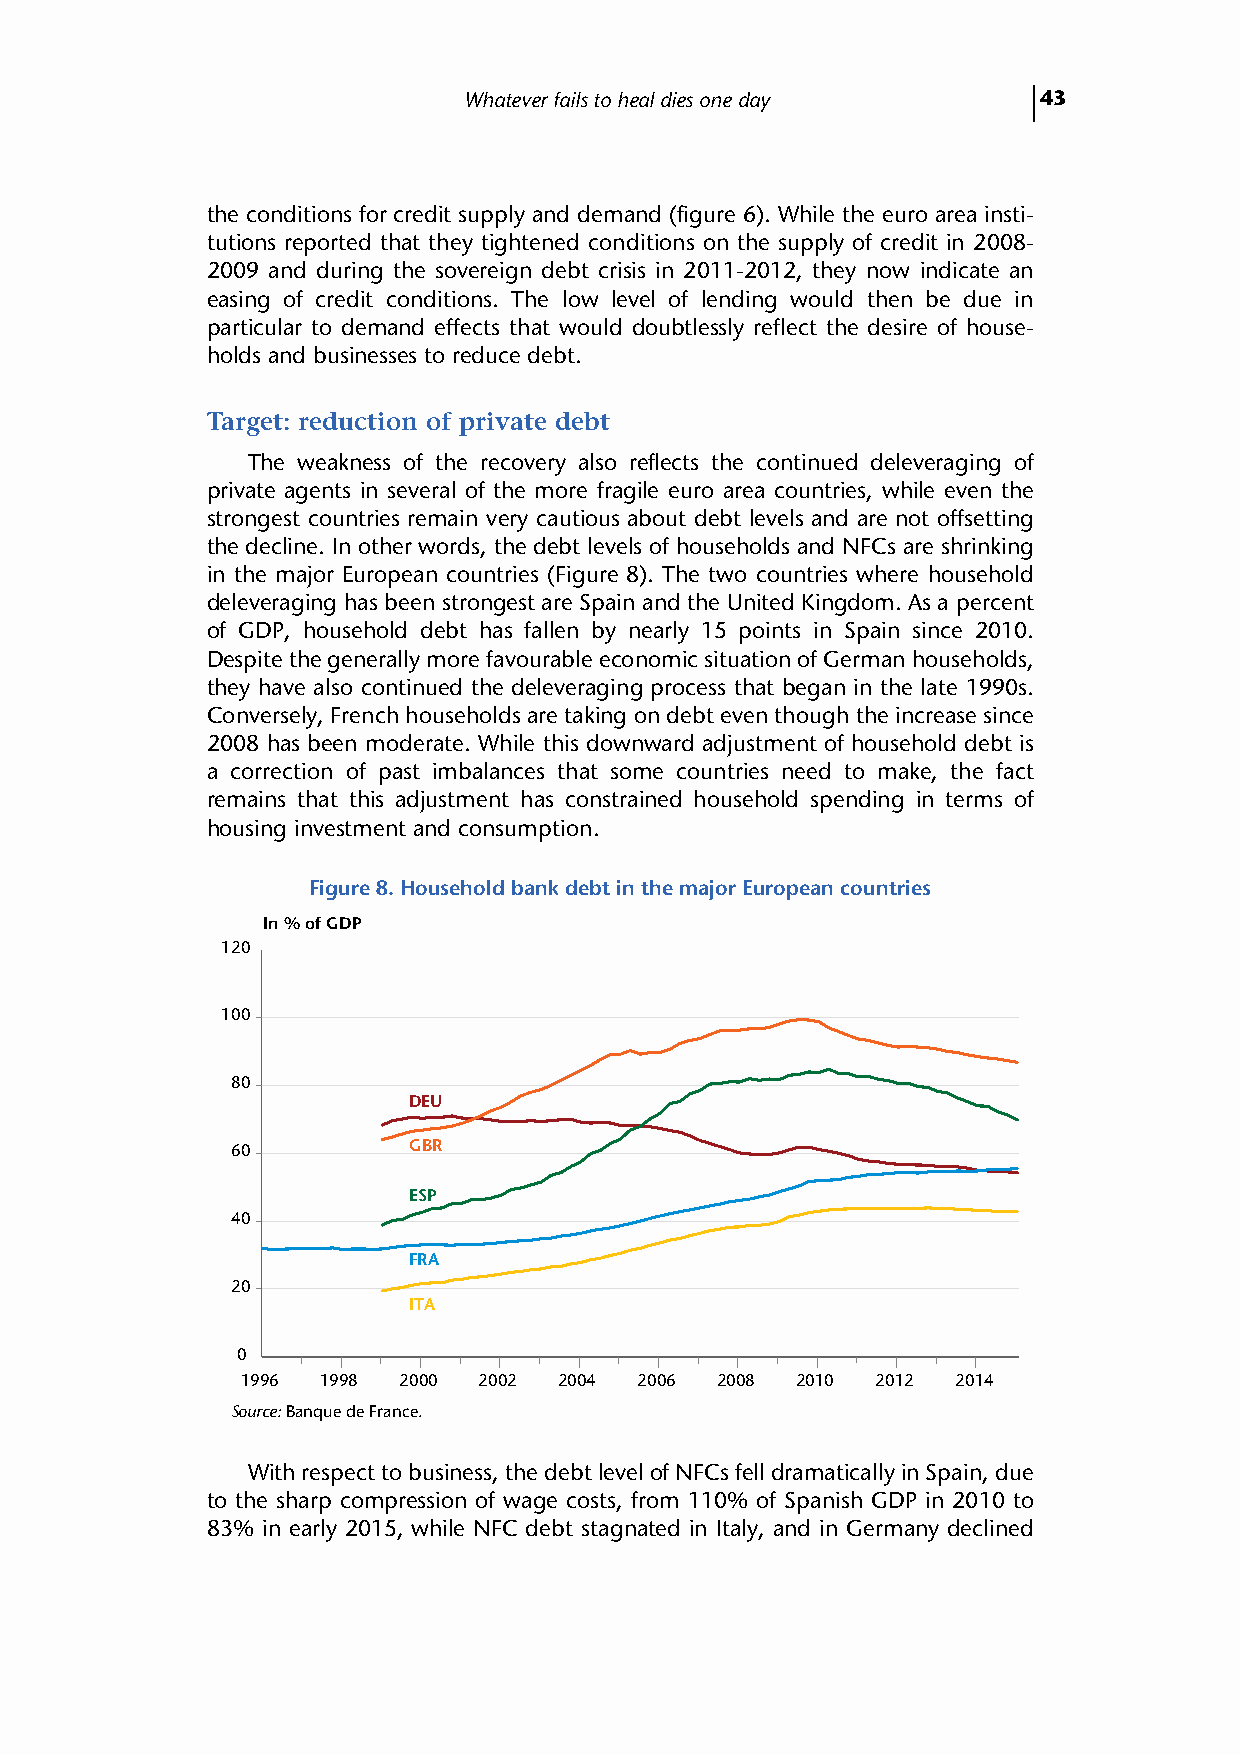
Whatever fails to heal dies one day   43
 the conditions for credit supply and demand (figure 6). While the euro area insti-
 tutions reported that they tightened conditions on the supply of credit in 2008-
 2009 and during the sovereign debt crisis in 2011-2012, they now indicate an
 easing of credit conditions. The low level of lending would then be due in
 particular to demand effects that would doubtlessly reflect the desire of house-
 holds and businesses to reduce debt.
 Target: reduction of private debt
 The weakness of the recovery also reflects the continued deleveraging of
 private agents in several of the more fragile euro area countries, while even the
 strongest countries remain very cautious about debt levels and are not offsetting
 the decline. In other words, the debt levels of households and NFCs are shrinking
 in the major European countries (Figure 8). The two countries where household
 deleveraging has been strongest are Spain and the United Kingdom. As a percent
 of GDP, household debt has fallen by nearly 15 points in Spain since 2010.
 Despite the generally more favourable economic situation of German households,
 they have also continued the deleveraging process that began in the late 1990s.
 Conversely, French households are taking on debt even though the increase since
 2008 has been moderate. While this downward adjustment of household debt is
 a correction of past imbalances that some countries need to make, the fact
 remains that this adjustment has constrained household spending in terms of
 housing investment and consumption.
 Figure 8. Household bank debt in the major European countries
 In % of GDP
 120
 100
 80
 DEU
 60          GBR
 ESP
 40
 FRA
 20
 ITA
 0
 1996 1998 2000  2002 2004 2006 2008  2010 2012 2014
 Source: Banque de France.
 With respect to business, the debt level of NFCs fell dramatically in Spain, due
 to the sharp compression of wage costs, from 110% of Spanish GDP in 2010 to
 83% in early 2015, while NFC debt stagnated in Italy, and in Germany declined